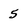
Character: 5